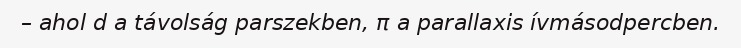
– ahol d a távolság parszekben, π a parallaxis ívmásodpercben.